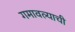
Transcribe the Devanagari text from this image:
गमावल्याची